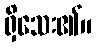
ရှိသေး၏။